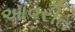
આવરીત